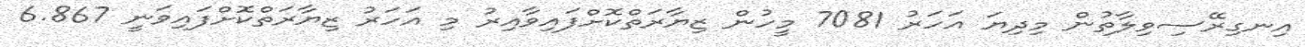
އިނގިރޭސިވިލާތުން މިދިޔަ އަހަރު 7081 މީހުން ޒިޔާރަތްކޮށްފައިވާއިރު މި އަހަރު ޒިޔާރަތްކޮށްފައިވަނީ 6.867